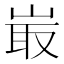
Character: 𡸘